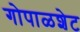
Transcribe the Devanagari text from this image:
गोपाळशेट